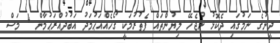
ދީނުގެ ނަމުގައި ދެކޮޅު ނުޖެހޭ ލިޔުންތައް ފެތުރުމަކީ ގޯހެއްއަޙުމަދު އަބުދުއްރަޙުމާން 4 މަސް